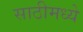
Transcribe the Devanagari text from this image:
साठीमध्ये